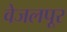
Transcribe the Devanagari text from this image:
वेजलपूर